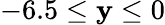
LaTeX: -6.5\leq\mathbf{y}\leq0